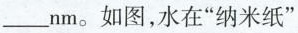
___nm。如图，水在”纳米纸”